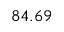
8 4 . 6 9